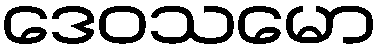
ဒေဝသမော